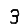
Digit: 3